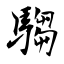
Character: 騶